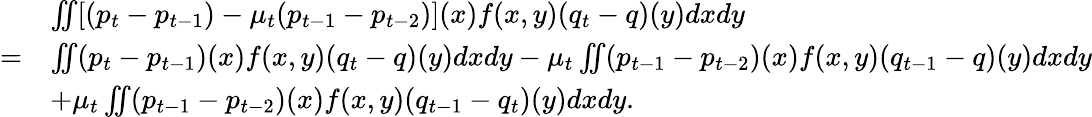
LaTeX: \begin{array}{rl}&{\iint[(p_{t}-p_{t-1})-\mu_{t}(p_{t-1}-p_{t-2})](x)f(x,y)(q_{t}-q)(y)dxdy}\\ {=}&{\iint(p_{t}-p_{t-1})(x)f(x,y)(q_{t}-q)(y)dxdy-\mu_{t}\iint(p_{t-1}-p_{t-2})(x)f(x,y)(q_{t-1}-q)(y)dxdy}\\ &{+\mu_{t}\iint(p_{t-1}-p_{t-2})(x)f(x,y)(q_{t-1}-q_{t})(y)dxdy.}\end{array}